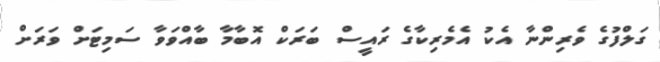
ގަލްފުގެ ވެރިންނާ އެކު އެމެރިކާގެ ރައީސް ބަރަކް އޮބާމާ ބާއްވަވާ ސަމިޓަށް ވަރަށް